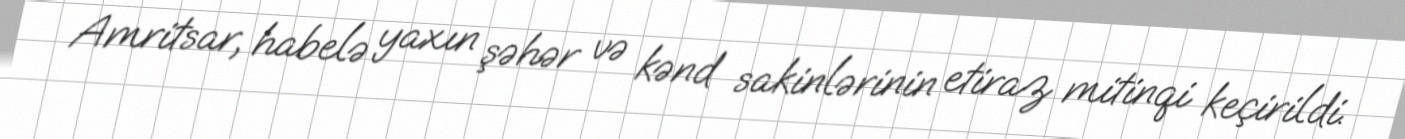
Amritsar, habelə yaxın şəhər və kənd sakinlərinin etiraz mitinqi keçirildi.